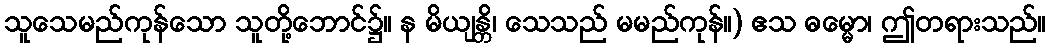
သူသေမည်ကုန်သော သူတို့ဘောင်၌။ န မိယျန္တိ၊ သေသည် မမည်ကုန်။) ဧသ ဓမ္မော၊ ဤတရားသည်။